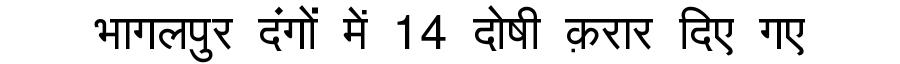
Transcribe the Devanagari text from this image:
भागलपुर दंगों में 14 दोषी क़रार दिए गए